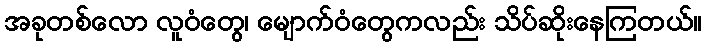
အခုတစ်လော လူဝံတွေ၊ မျောက်ဝံတွေကလည်း သိပ်ဆိုးနေကြတယ်။